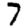
Digit: 7